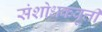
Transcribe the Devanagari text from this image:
संशोधकवृत्ती